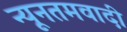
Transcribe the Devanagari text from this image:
न्यूनतमवादी